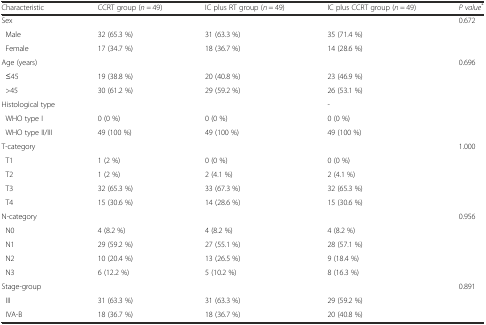
| Characteristic | CCRT group (n = 49) | IC plus RT group (n = 49) | IC plus CCRT group (n = 49) | P value* |
 | --- | --- | --- | --- | --- |
 | Sex |  |  |  | 0.672 |
 | Male | 32 (65.3 %) | 31 (63.3 %) | 35 (71.4 %) |  |
 | Female | 17 (34.7 %) | 18 (36.7 %) | 14 (28.6 %) |  |
 | Age (years) |  |  |  | 0.696 |
 | ≤45 | 19 (38.8 %) | 20 (40.8 %) | 23 (46.9 %) |  |
 | >45 | 30 (61.2 %) | 29 (59.2 %) | 26 (53.1 %) |  |
 | Histological type |  |  | - |  |
 | WHO type I | 0 (0 %) | 0 (0 %) | 0 (0 %) |  |
 | WHO type II/III | 49 (100 %) | 49 (100 %) | 49 (100 %) |  |
 | T-category |  |  |  | 1.000 |
 | T1 | 1 (2 %) | 0 (0 %) | 0 (0 %) |  |
 | T2 | 1 (2 %) | 2 (4.1 %) | 2 (4.1 %) |  |
 | T3 | 32 (65.3 %) | 33 (67.3 %) | 32 (65.3 %) |  |
 | T4 | 15 (30.6 %) | 14 (28.6 %) | 15 (30.6 %) |  |
 | N-category |  |  |  | 0.956 |
 | N0 | 4 (8.2 %) | 4 (8.2 %) | 4 (8.2 %) |  |
 | N1 | 29 (59.2 %) | 27 (55.1 %) | 28 (57.1 %) |  |
 | N2 | 10 (20.4 %) | 13 (26.5 %) | 9 (18.4 %) |  |
 | N3 | 6 (12.2 %) | 5 (10.2 %) | 8 (16.3 %) |  |
 | Stage-group |  |  |  | 0.891 |
 | III | 31 (63.3 %) | 31 (63.3 %) | 29 (59.2 %) |  |
 | IVA-B | 18 (36.7 %) | 18 (36.7 %) | 20 (40.8 %) |  |